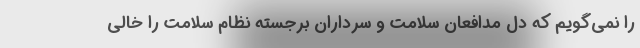
را نمی‌‌گویم که دل مدافعان سلامت و سرداران برجسته نظام سلامت را خالی